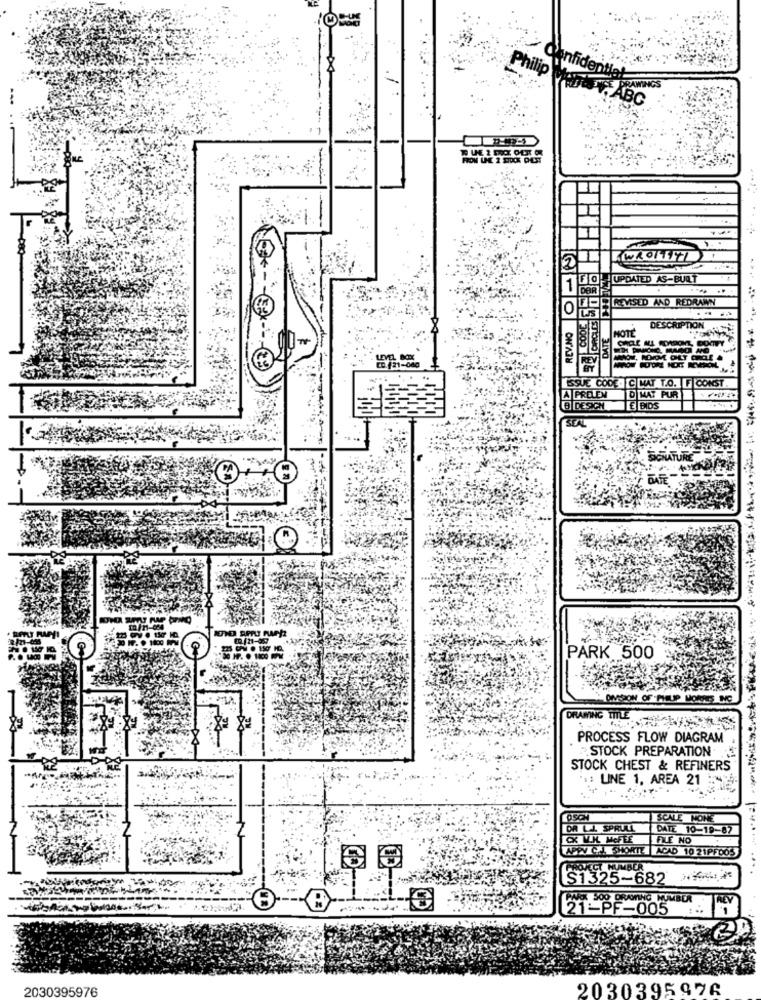
Confidential
DRAWINGS
Philip Moris V, ABC
...........
HH
FOL UPDATED AS-BULT
1
FOR REVISED AND REDRAWN
DATE
NOTE
DESCRIPTION
LEVEL BOX
₾D.121-080
ESTE CODE. C MAT T.O. F CONST.
A PRELEN D MAT PUR Y'44
B DESICH
E BIDS
SCAL
SIGNATURE
20./21-06:
PARK 500
OM SON OF PIEUP MOIDES INC
DRAWING TTLE
PROCESS FLOW DIAGRAM
STOCK PREPARATION
STOCK CHEST & REFINERS
": LINE 1, AREA 21
OSON
SCALE NONE
DR L.L. SPRULL
DATE 10-19-87
CX V.K. MCFEE
FILE NO
APPY CH. SHORTE ACAD 10 21PFDOS
PROJECT NUMBER
S1325-682
ALY
21-PF-005
2030395976
2030395976